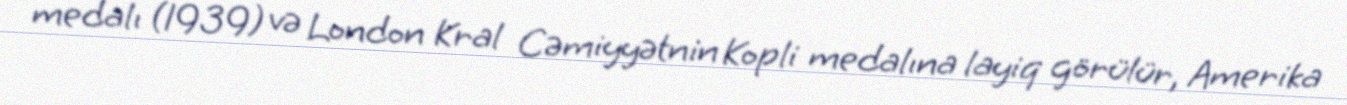
medalı (1939) və London Kral Cəmiyyətnin Kopli medalına layiq görülür, Amerika